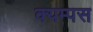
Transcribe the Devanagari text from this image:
क्यम्पस